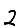
Digit: 2